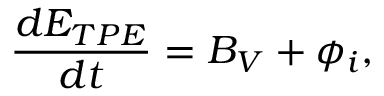
\frac { d E _ { T P E } } { d t } = B _ { V } + \phi _ { i } ,